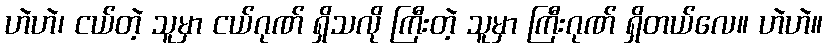
ဟဲဟဲ၊ ငယ်တဲ့ သူမှာ ငယ်ဂုဏ် ရှိသလို ကြီးတဲ့ သူမှာ ကြီးဂုဏ် ရှိတယ်လေ။ ဟဲဟဲ။